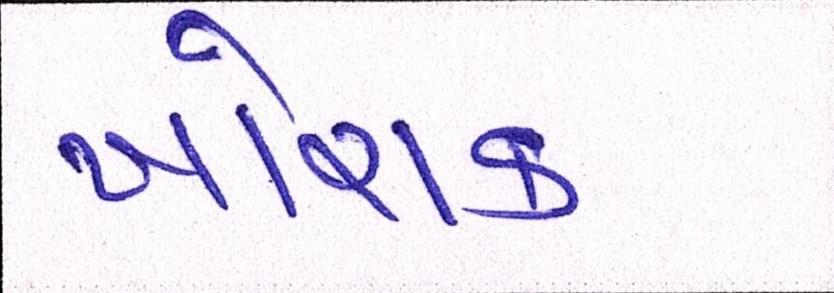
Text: ખોરાક